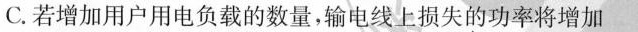
C.若增加用户用电负载的数量，输电线上损失的功率将增加